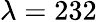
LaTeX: \lambda=232